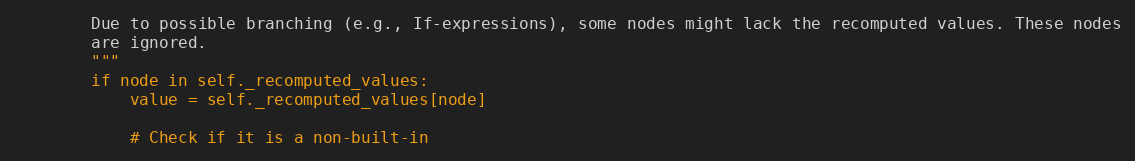
Language: Python
        Due to possible branching (e.g., If-expressions), some nodes might lack the recomputed values. These nodes
        are ignored.
        """
        if node in self._recomputed_values:
            value = self._recomputed_values[node]

            # Check if it is a non-built-in